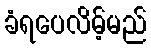
ခံရပေလိမ့်မည်